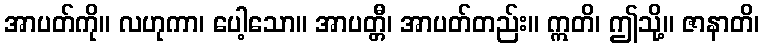
အာပတ်ကို။ လဟုကာ၊ ပေါ့သော။ အာပတ္တီ၊ အာပတ်တည်း။ ဣတိ၊ ဤသို့။ ဇာနာတိ၊